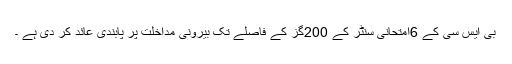
بی ایس سی کے 6امتحانی سنٹر کے 200گز کے فاصلے تک بیرونی مداخلت پر پابندی عائد کر دی ہے ۔